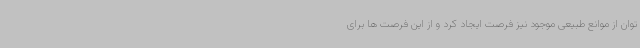
توان از موانع طبیعی موجود نیز فرصت ایجاد کرد و از این فرصت ها برای